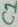
Text: C1